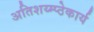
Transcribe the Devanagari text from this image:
अतिशय्म्प्ठेकार्य